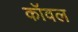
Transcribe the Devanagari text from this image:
कॉवल